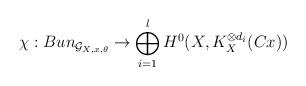
LaTeX: \begin{align*}\chi : Bun_{\mathcal{G}_{X,x,\theta}} \rightarrow \bigoplus_{i=1}^l H^{0}(X,K_X^{\otimes d_i}(Cx))\end{align*}